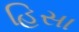
હિસા